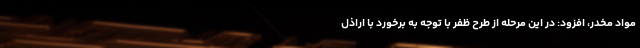
مواد مخدر، افزود: در این مرحله از طرح ظفر با توجه به برخورد با اراذل